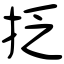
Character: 抸